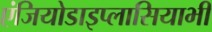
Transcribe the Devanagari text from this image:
एंजियोडाइप्लासियाभी